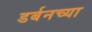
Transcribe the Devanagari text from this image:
डर्बनच्या